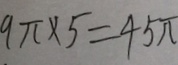
9 \pi \times 5 = 4 5 \pi